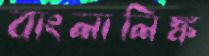
বাংলালিঙ্ক